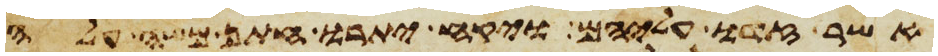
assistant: אשר זדו עליהם ויקח יתרו חתן משה עלה